Vaccination in Bombay 1874-1876 - 1874-1876
Year: 1874
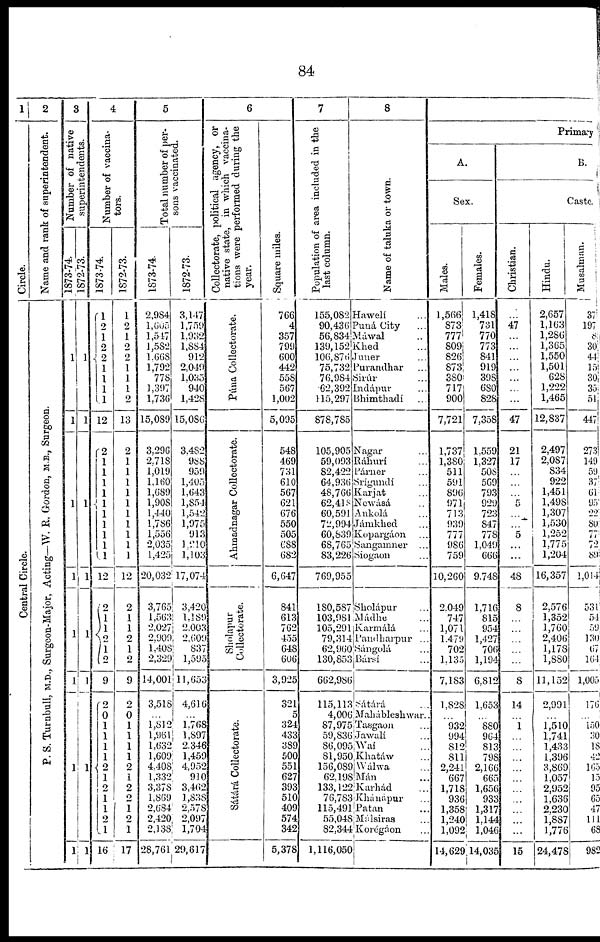
84
1
Circle.
Central Circle.
2
Name and rank of superintendent.
P. S. Turnbull, M.D., Surgeon-Major, Acting—W. R. Gordon, M.B., Surgeon.
3
Number of native
superintendents.
1873-74.
1
1
1
1
1
1
1
1
1872-73.
1
1
1
1
1
1
1
1
4
Number of vaccina¬
tors.
1873-74.
1
2
1
2
2
1
1
1
1
12
2
1
1
1
1
1
1
1
1
1
1
12
2
1
1
2
1 2
9
2
0
1
1
1
1
2
1
2
1
1
2
1
16
1872-73.
1
2
1
2
2
1
1
1
2
13
2
1
1
1
1
1
1
1
1
1
1
12
2
1
1
2
1
2
9
2
0
1
1
1
1
2
1
2
2
1 2
1
17
5
Total number of per-
sons vaccinated.
1873-74.
2,984
l,605
1,547
1,582
l,668
1,792
778
1,397
1,736
15,089
3,296
2,718
1,019
1,160
1,689
1,908
1,440
1,786
1,556
2,035
1,425
20,032
3,765
1,563
2,027
2,909
l,408
2,329
14,001
3,518
...
1,812
1,961
1,632
1,609
4,408
1,332
3,378
1,869
2,684
2,420
2,138
28,761
1872-73.
3,147
1,759
1,932
1,884
912
2,049
1,035
940
1,428
15,086
3,482
988
959
1,405
1,643
1,854
1,542
1,975
913
1,210
1,103
17,074
3,420
1,189
2,003
2,609
837
1,595
11,653
4,616
...
1,768
1,897
2,346
1,459
4,952
910
3,462
1,838
2,578
2,097
1,704
29,617
6
Collectorate, political agency, or
native state, in which vaccina-
tions were performed during the
year.
Púna Collectorate.
Ahmadnagar Collectorate.
Sholapur
Collectorate.
Sátárá Collectorate.
Square miles.
766
4
357
799
600
442
558
567
1,002
5,095
548
469
731
610
567
621
676
550
505
688
682
6,647
841
613
762
455
648
606
3,925
321
5
324
433
389
500
551
627
393
510
409
574
342
5,378
7
Population of area included in the
last column.
155,082
90,436
56,834
139,152
106,876
75,732
76,984
62,392
115,297
878,785
105,905
59,093
82,422
64,936
48,766
62,418
60,591
72,994
60,839
68,765
83,226
769,955
180, 587
103,981
105,291
79,314
62,960
130,853
662,986
115,113
4,006
87,975
59,836
86,095
81,950
156,089
62,198
133,122
76,783
115,491
55,048
82,344
1,116,050
8
Name of taluka or town.
Hawelí ...
Puna City ...
Máwal ...
Khed ...
Juner ...
Purandhar ...
Sirúr ...
Indápur ...
Bhimthadí ...
Nagar ...
Ráhurí ...
Párner ...
Srigundí ...
Karjat ...
Newásá ...
Ankolá ...
Jámkhed ...
Kopargáon ...
Sangamner ...
Siogaon ...
Sholápur ...
Mádhe ...
Karmálá ...
Pandharpur ...
Sángolá ...
Búrsí ...
Sátará ...
Maluibleshwar.
Tasgaon ...
Jawalí ...
Wai ...
Khatáw ...
Wálwa ...
Mán ...
Karhád ...
Khánápur ...
Patan ...
Málsiras ...
Korégáon ...
Primary
A.
Sex.
Males.
1,566
873
777
809
826
873
380
717
900
7,721
1,737
1,380
511
591
896
971
713
939
777
986
759
10,260
2,049
747
1,071
1,479
702
1,135
7,183
1,828
...
932
994
812
811
2,241
667
1,718
936
1,358
1,240
1,092
14,629
Females.
1,418
731
770
773
841
919
398
680
828
7,358
1,559
1,327
508
569
793
929
723
S47
778
1,049
666
9,748
1,716
815
954
1,427
706
1,194
6,812
1,653
...
880
964
813
798
2,166
665
1,656
933
1,317
1,144
1,046
14,035
B.
Caste.
Christian.
...
47
...
...
...
...
...
...
...
47
21
17
...
...
...
...
...
...
5
...
...
48
8
...
...
...
...
...
8
14
...
1
...
...
...
...
...
...
...
...
...
...
15
Hindu.
2,657
1,163
1,286
1,365
1,550
1,501
628
1,222
1,465
12,837
2,497
2,087
834
922
1,451
1,498
1,307
1,530
1,252
1,775
1,204
16,357
2,576
1,352
1,760
2,406
1,178
1,880
11,152
2,991
...
1,510
1.741
1,433
1,396
3,869
1,057
2,952
1,636
2.230
1,887
1,776
24,478
Musalman.
31
197
8
30
44
15
30
35
51
447
273
149
59
37
61
95
22
80
77
72
89
1,014
531
54
59
130
67
164
1,005
176
...
150
30
18
42
165
15
95
65
47
111
68
982